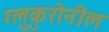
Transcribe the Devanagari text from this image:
ग्लुकुरोनील